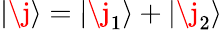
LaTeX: \lvert\j\rangle=\lvert\j_{1}\rangle+\lvert\j_{2}\rangle